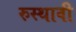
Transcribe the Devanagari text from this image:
रुस्थावी